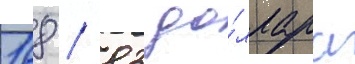
168 / 83 до́ллара